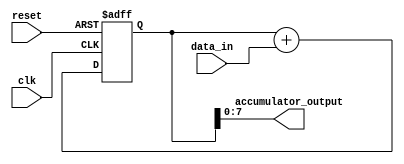
module Pipeline_accumulator(
    input wire clk,
    input wire reset,
    input wire [7:0] data_in,
    output wire [7:0] accumulator_output
);

reg [15:0] accumulator;

always @ (posedge clk or posedge reset) begin
    if (reset) begin
        accumulator <= 16'd0;
    end else begin
        accumulator <= accumulator + data_in;
    end
end

assign accumulator_output = accumulator[7:0];

endmodule